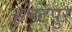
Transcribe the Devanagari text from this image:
होस्टपुर